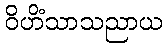
ဝိဟိံသာသညာယ